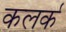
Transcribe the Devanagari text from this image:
कलर्क